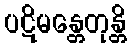
ပဋိမန္တေတုန္တိ